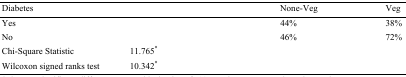
<table><thead><tr><td><b>Diabetes</b></td><td></td><td><b>None-Veg</b></td><td><b>Veg</b></td></tr></thead><tbody><tr><td>Yes</td><td></td><td>44%</td><td>38%</td></tr><tr><td>No</td><td></td><td>46%</td><td>72%</td></tr><tr><td>Chi-Square Statistic</td><td>11.765<sup>*</sup></td><td></td><td></td></tr><tr><td>Wilcoxon signed ranks test</td><td>10.342<sup>*</sup></td><td></td><td></td></tr></tbody></table>